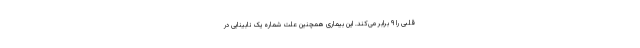
قلبی را ۹ برابر می‌کند. این بیماری همچنین علت شماره یک نابینایی در